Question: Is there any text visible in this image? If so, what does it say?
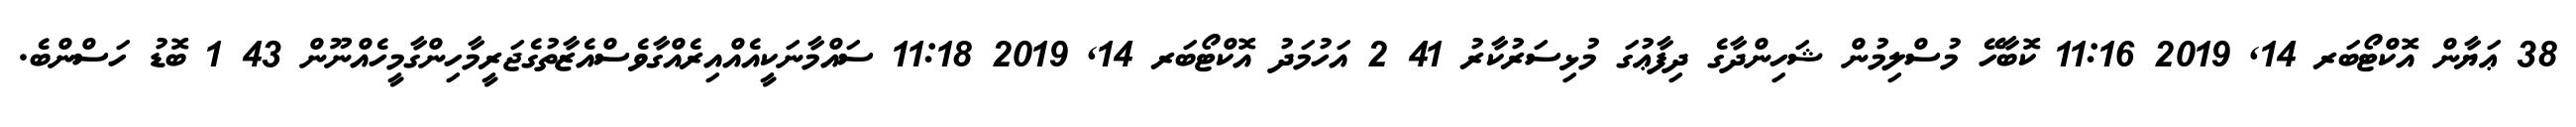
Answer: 38 ޢަޔާން އޮކްޓޯބަރ 14, 2019 11:16 ކޮބާހޭ މުސްލިމުން ޝަހިންދާގެ ދިފާޢުގަ މުޅިސަރުކާރު 41 2 އަހުމަދު އޮކްޓޯބަރ 14, 2019 11:18 ސައްމާނަކީއެއްއިރެއްގާވެސްއެޒާތުގެޖަރީމާހިންގާމީހެއްނޫން 43 1 ބޮޑު ހަސްންބެ.